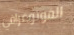
الفوتوغرافي